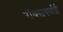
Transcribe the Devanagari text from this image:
रॉक्सबर्घाई